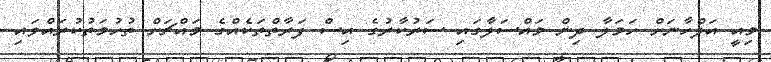
މިއީ އަލްހާނަށް ހަމަލާ ދިން މައްސަލާގައި ސަރުކާރުގެ އިސް ފަރާތްތަކެއްގެ މައްޗަށް ތުހުމަތުކުރައްވައި